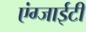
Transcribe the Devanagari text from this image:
एंग्जाईटी